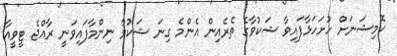
ކޮމިޝަނަށް ހުށަހަޅާފައިވާ ޝަކުވާގެ ތެރެއިން އެންމެ ގިނަ ޝަކުވާ ނިންމާފައިވަނީ ރާއްޖެ ޓީވީއާ